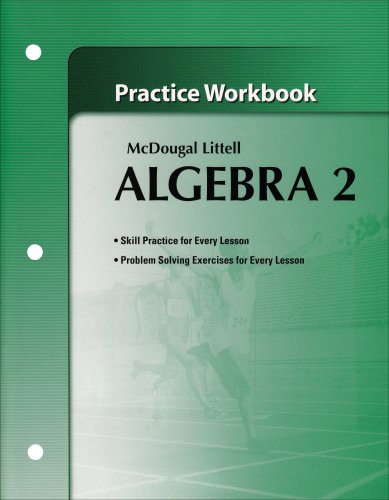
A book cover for Algebra 2: Practice Workbook McDougal Littell; Larson Boswell Kanold Stiff; Teen & Young Adult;